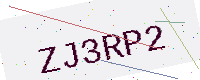
Text: ZJ3RP2